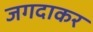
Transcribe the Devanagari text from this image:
जगदाकर